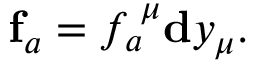
\mathbf { f } _ { a } = f _ { a } ^ { \; \mu } \mathbf { d } y _ { \mu } .